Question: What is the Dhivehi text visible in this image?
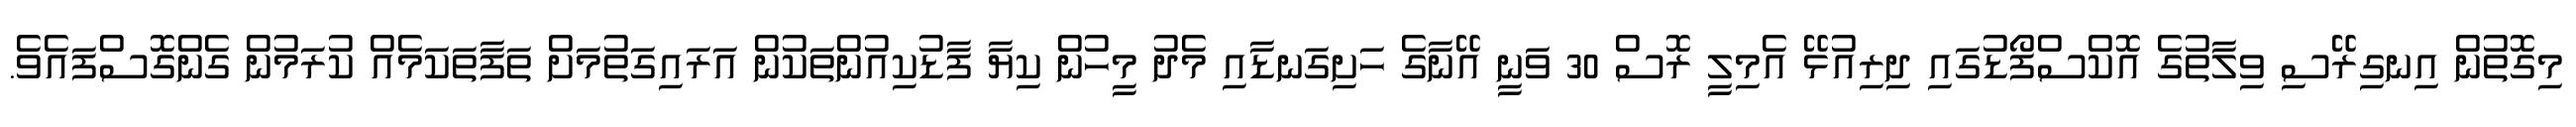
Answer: މިގޮތުން އިނގިރޭސި ވިލާތުގެ އޮކްސްފޯޑުގައި ދިރިއުޅޭ އެމިލީ ރޮސް 30 ވަނީ އޭނާގެ ހަށިގަނޑާއި މެދު މީހުން ކިޔާ ފާޑުކިއުންތަކުން އަރައިގަތުމަށް ތަފާތަކަމެއް ކުރަމުން ގެންގޮސްފައެވެ.